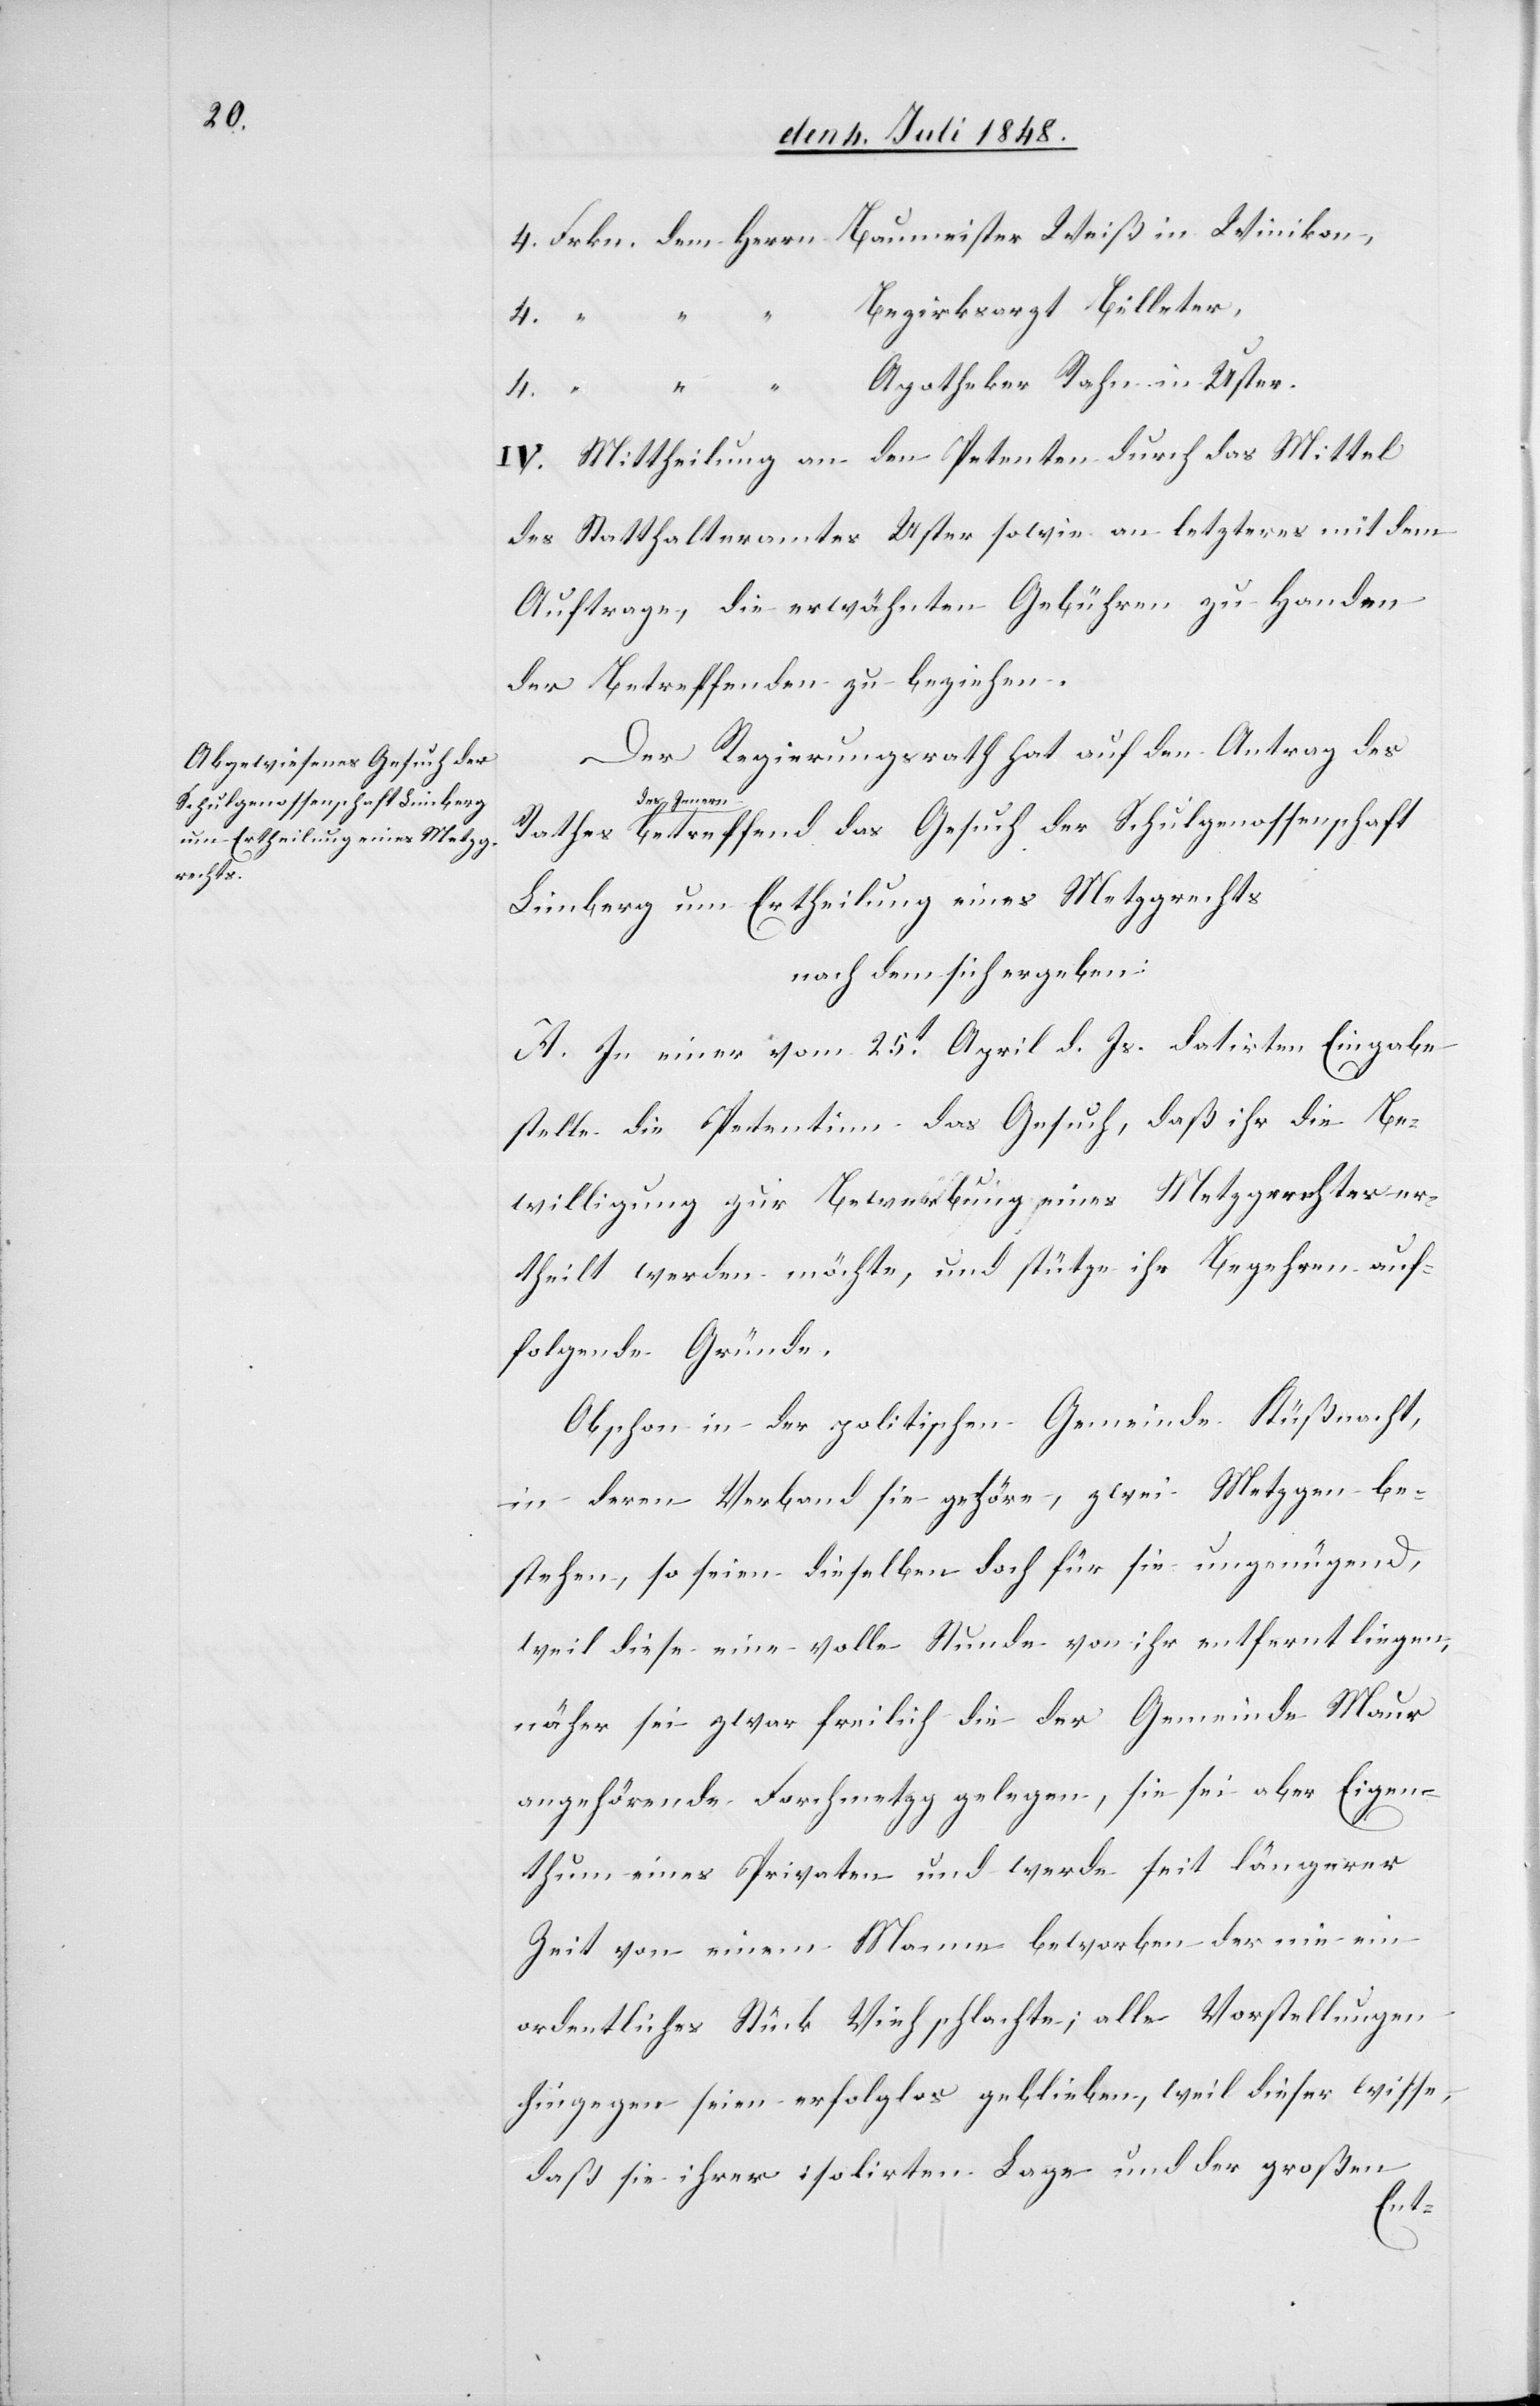
Schulgenossenschaft Limberg
um Ertheilung eines Metzg¬
rechts

Bezirksarzt Billeter,
4.
der
Apotheker Rahn in Uster.
IV. Mittheilung an den Petenten durch das Mittel
des Statthalteramtes Uster sowie an letzteres mit dem
Auftrage, die erwähnten Gebühren zu Handen
der Betreffenden zu beziehen.
Der Regierungsrath hat auf den Antrag des
des Innern
nachdem sich ergeben:
A. In einer vom 25t April d. Js. datirten Eingabe
stelle die Petentinn das Gesuch, daß ihr die Be¬
willigung zur Beantwortung eines Metzgrechtes er¬
theilt werden möchte, und stütze ihr Begehren auf
folgende Gründe.
Obschon in der politischen Gemeinde Küßnacht,
in deren Verband sie gehöre, zwei Metzgen be¬
stehen, so seien dieselben doch für sie ungenügend,
weil diese eine volle Stunde von ihr entfernt liegen,
näher sei zwar freilich die der Gemeinde Maur
angehörende Forchmetzg gelegen, sie sei aber Eigen¬
thum eines Privaten und werde seit längerer
Zeit von einem Manne beworben der nie ein
ordentliches Stück Vieh schlachte; alle Vorstellungen
hingegen seien erfolglos geblieben, weil dieser wisse,
daß sie ihrer isolirten Lage und der großen
ikon,